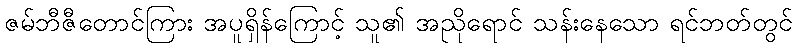
ဇမ်ဘီဇီတောင်ကြား အပူရှိန်ကြောင့် သူ၏ အညိုရောင် သန်းနေသော ရင်ဘတ်တွင်